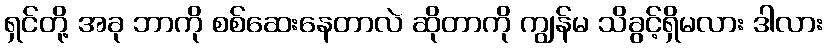
ရှင်တို့ အခု ဘာကို စစ်ဆေးနေတာလဲ ဆိုတာကို ကျွန်မ သိခွင့်ရှိမလား ဒါလား